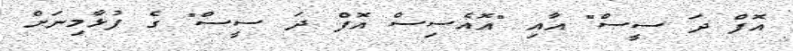
އޮފް ދަ ސީސް" އާއި "އޮއެސިސް އޮފް ދަ ސީސް" ގެ ފުޅާމިނަށް